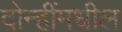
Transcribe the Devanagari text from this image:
दोन्हींमधील